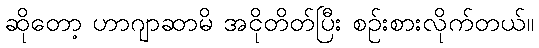
ဆိုတော့ ဟာဂျာဆာမိ အငိုတိတ်ပြီး စဉ်းစားလိုက်တယ်။